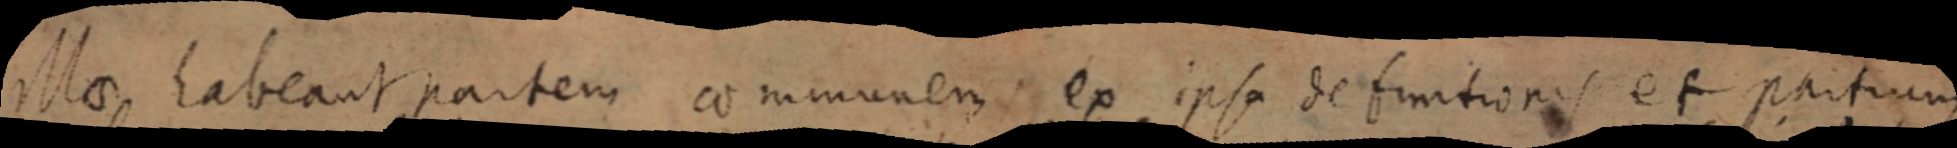
M_ habeant partem communem ex ipsa definitionis et partium